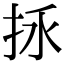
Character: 𢫢